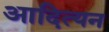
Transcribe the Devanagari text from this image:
आदित्यन